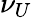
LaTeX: \nu_{U}